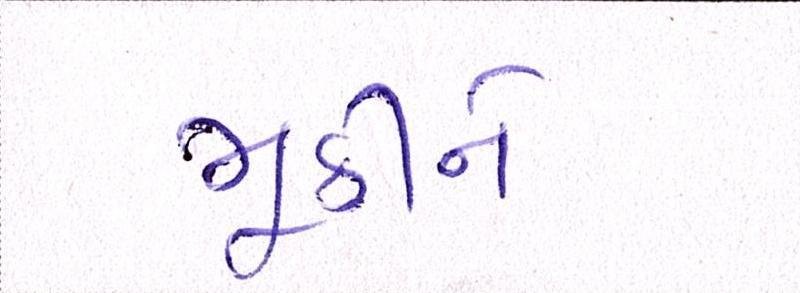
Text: મૂકીને